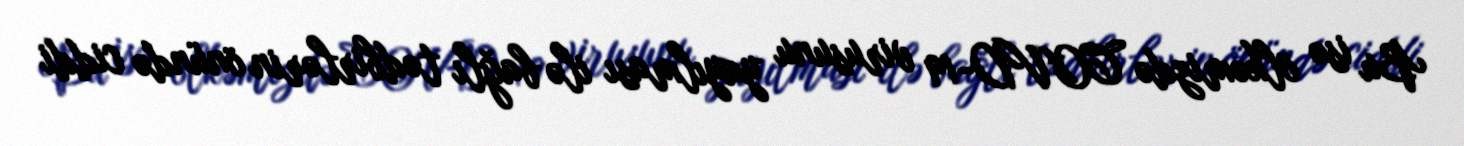
Bu isə ölkəmizdə COVD-19 virusunu yayılması ilə bağlı tədbirlərin önündə ciddi